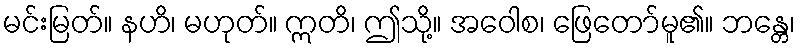
မင်းမြတ်။ နဟိ၊ မဟုတ်။ ဣတိ၊ ဤသို့။ အဝေါစ၊ ဖြေတော်မူ၏။ ဘန္တေ၊